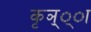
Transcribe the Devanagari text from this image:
कृञ््‌ा